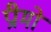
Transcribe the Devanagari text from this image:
प्रीमो